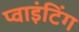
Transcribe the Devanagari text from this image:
प्वाइंटिंग